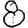
Digit: 8